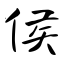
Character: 侯